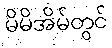
မိမိအိမ်တွင်